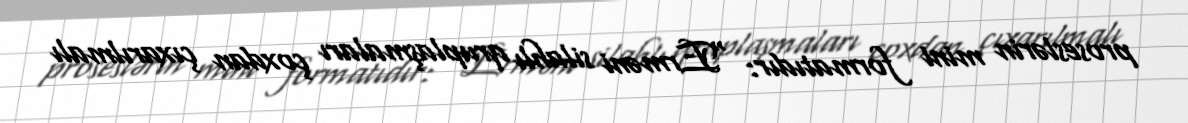
proseslərin mini formatıdır: “Erməni silahlı qruplaşmaları çoxdan çıxarılmalı